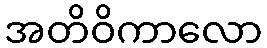
အတိဝိကာလော